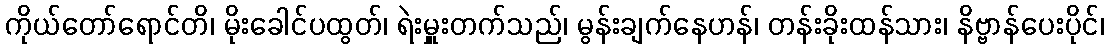
ကိုယ်တော်ရောင်တိ၊ မိုးခေါင်ပထွတ်၊ ရဲးမှူးတက်သည်၊ မွန်းချက်နေဟန်၊ တန်းခိုးထန်သား၊ နိဗ္ဗာန်ပေးပိုင်၊